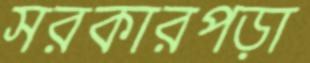
সরকারপড়া